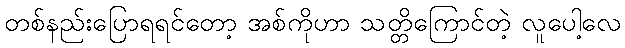
တစ်နည်းပြောရရင်တော့ အစ်ကိုဟာ သတ္တိကြောင်တဲ့ လူပေါ့လေ